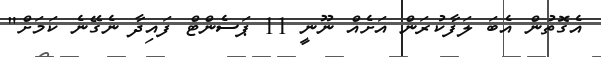
އެގޮތުން އެބަ ލަފާކުރަން އަށެއް ނޫނީ 11 ޕަސެންޓް ފައިދާ ނެގޭނެ ކަމަށް"